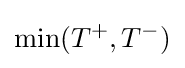
\min(T^{+},T^{-})